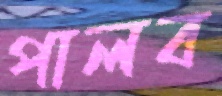
পালব